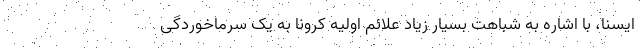
ایسنا، با اشاره به شباهت بسیار زیاد علائم اولیه کرونا به یک سرماخوردگی